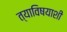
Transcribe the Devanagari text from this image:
त्याविषयाशी